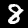
Label: 8